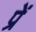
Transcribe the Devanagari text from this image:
प्रें